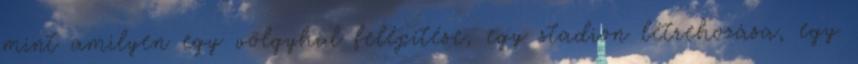
mint amilyen egy völgyhíd felépítése, egy stadion létrehozása, egy